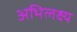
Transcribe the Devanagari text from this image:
अभिलक्ष्य